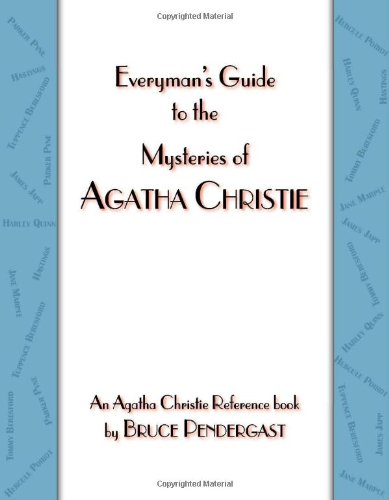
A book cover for Everyman's Guide to the Mysteries of Agatha Christie; Bruce Pendergast; Mystery, Thriller & Suspense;